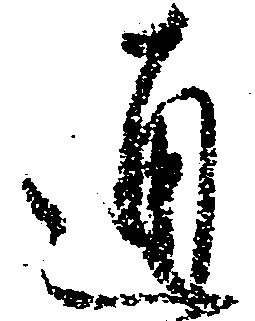
通